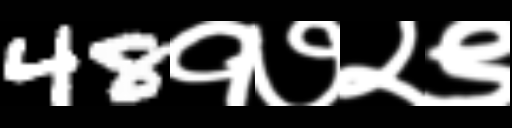
Text: 48१७२९